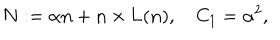
{ \bf N } : = \alpha { \bf n } + { \bf n } \times { \bf L } ( { \bf n } ) , \quad { C _ { 1 } } = \alpha ^ { 2 } ,